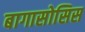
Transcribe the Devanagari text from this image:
बागासोसिस